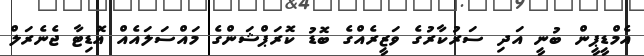
އެމްޑީޕީން ބުނީ އަދި ސަރުކާރުގެ ވަޒީރެއްގެ ބޮޑު ކޮރަޕްޝަންގެ މައްސަލައެއް އޮޑިޓާ ޖެނެރަލް